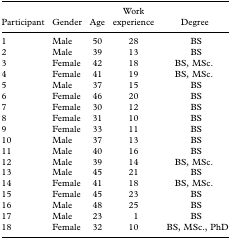
| Participant | Gender | Age | Work experience | Degree |
 | --- | --- | --- | --- | --- |
 | 1 | Male | 50 | 28 | BS |
 | 2 | Male | 39 | 13 | BS |
 | 3 | Female | 42 | 18 | BS, MSc. |
 | 4 | Female | 41 | 19 | BS, MSc. |
 | 5 | Male | 37 | 15 | BS |
 | 6 | Female | 46 | 20 | BS |
 | 7 | Female | 30 | 12 | BS |
 | 8 | Female | 31 | 10 | BS |
 | 9 | Female | 33 | 11 | BS |
 | 10 | Male | 37 | 13 | BS |
 | 11 | Male | 40 | 16 | BS |
 | 12 | Male | 39 | 14 | BS, MSc. |
 | 13 | Male | 45 | 21 | BS |
 | 14 | Female | 41 | 18 | BS, MSc. |
 | 15 | Female | 45 | 23 | BS |
 | 16 | Male | 48 | 25 | BS |
 | 17 | Male | 23 | 1 | BS |
 | 18 | Female | 32 | 10 | BS, MSc., PhD |